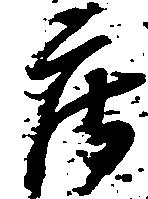
庄